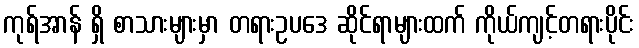
ကုရ်အာန် ရှိ စာသားများမှာ တရားဥပဒေ ဆိုင်ရာများထက် ကိုယ်ကျင့်တရားပိုင်း